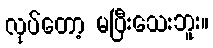
လုပ်တော့ မပြီးသေးဘူး။